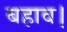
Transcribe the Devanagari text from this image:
बहाव।